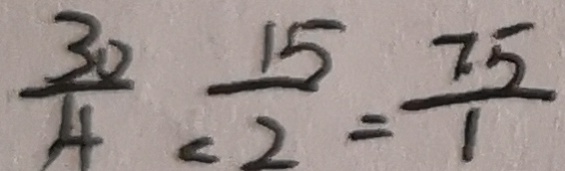
\frac { 3 0 } { 4 } = \frac { 1 5 } { 2 } = \frac { 7 . 5 } { 1 }